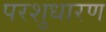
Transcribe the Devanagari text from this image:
परशुधारण